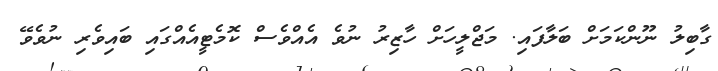
ގާބިލު ނޫންކަމަށް ބަލާފައި. މަޖްލީހަށް ހާޒިރު ނުވެ އެއްވެސް ކޮމެޓީއެއްގައި ބައިވެރި ނުވެވޭ